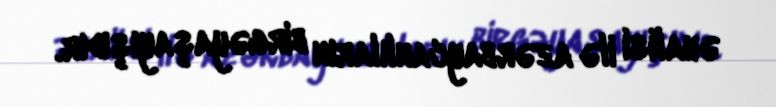
əhalisi ilə azərbaycanlıların birgəyaşayışıdır.